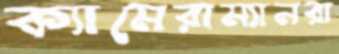
ক্যামেরাম্যানরা